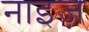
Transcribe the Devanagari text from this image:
नाइज़